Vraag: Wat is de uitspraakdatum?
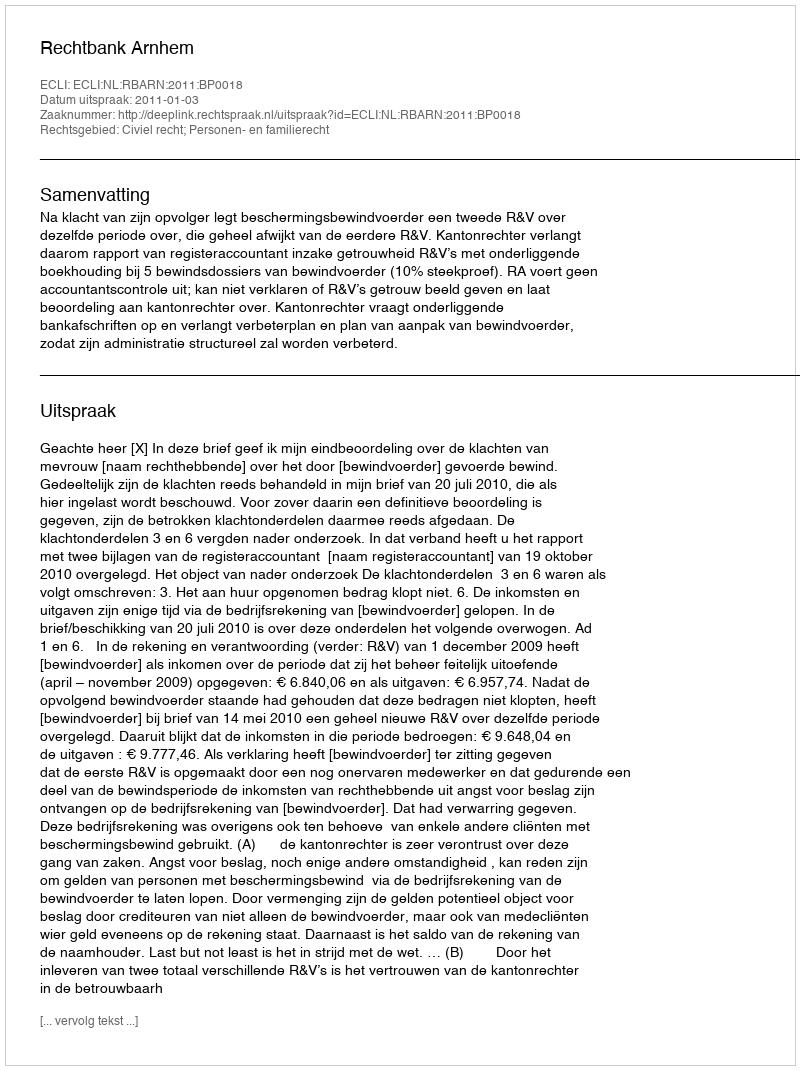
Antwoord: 2011-01-03